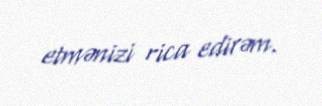
etmənizi rica edirəm.